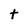
Character: t